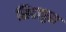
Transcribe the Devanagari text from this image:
सिद्दापुरा